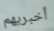
أخبريهم